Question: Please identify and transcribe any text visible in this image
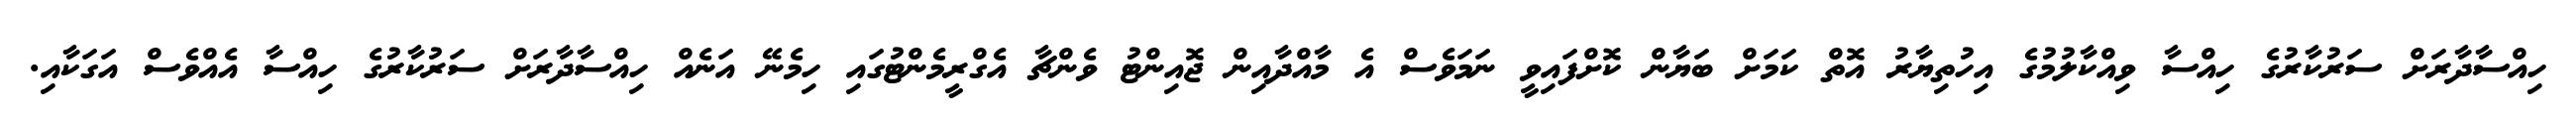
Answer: ހިއްސާދާރަށް ސަރުކާރުގެ ހިއްސާ ވިއްކާލުމުގެ އިހުތިޔާރު އޮތް ކަމަށް ބަޔާން ކޮށްފައިވީ ނަމަވެސް އެ މާއްދާއިން ޖޮއިންޓު ވެންޗާ އެގްރީމެންޓުގައި ހިމެނޭ އަނެއް ހިއްސާދާރަށް ސަރުކާރުގެ ހިއްސާ އެއްވެސް އަގަކާއި.